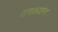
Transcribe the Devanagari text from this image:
सगळय़ांना